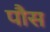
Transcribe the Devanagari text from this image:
पौस